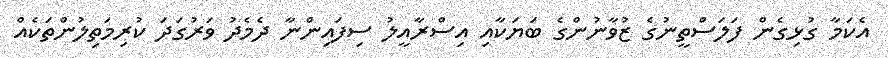
އެކަމާ ގުޅިގެން ފަލަސްތީނުގެ ޒުވާނުންގެ ބަޔަކާއި އިސްރާއީލު ސިފައިންނާ ދެމެދު ވަރުގަދަ ކުރިމަތިލުންތަކެއް